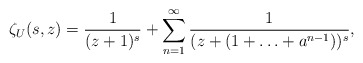
\begin{align*} \zeta_U(s,z)=\frac{1}{(z+1)^s}+\sum_{n=1}^{\infty}\frac{1}{(z+(1+\ldots + a^{n-1}))^s},\end{align*}